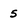
Character: 5